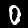
Digit: 0